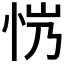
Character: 𢘏